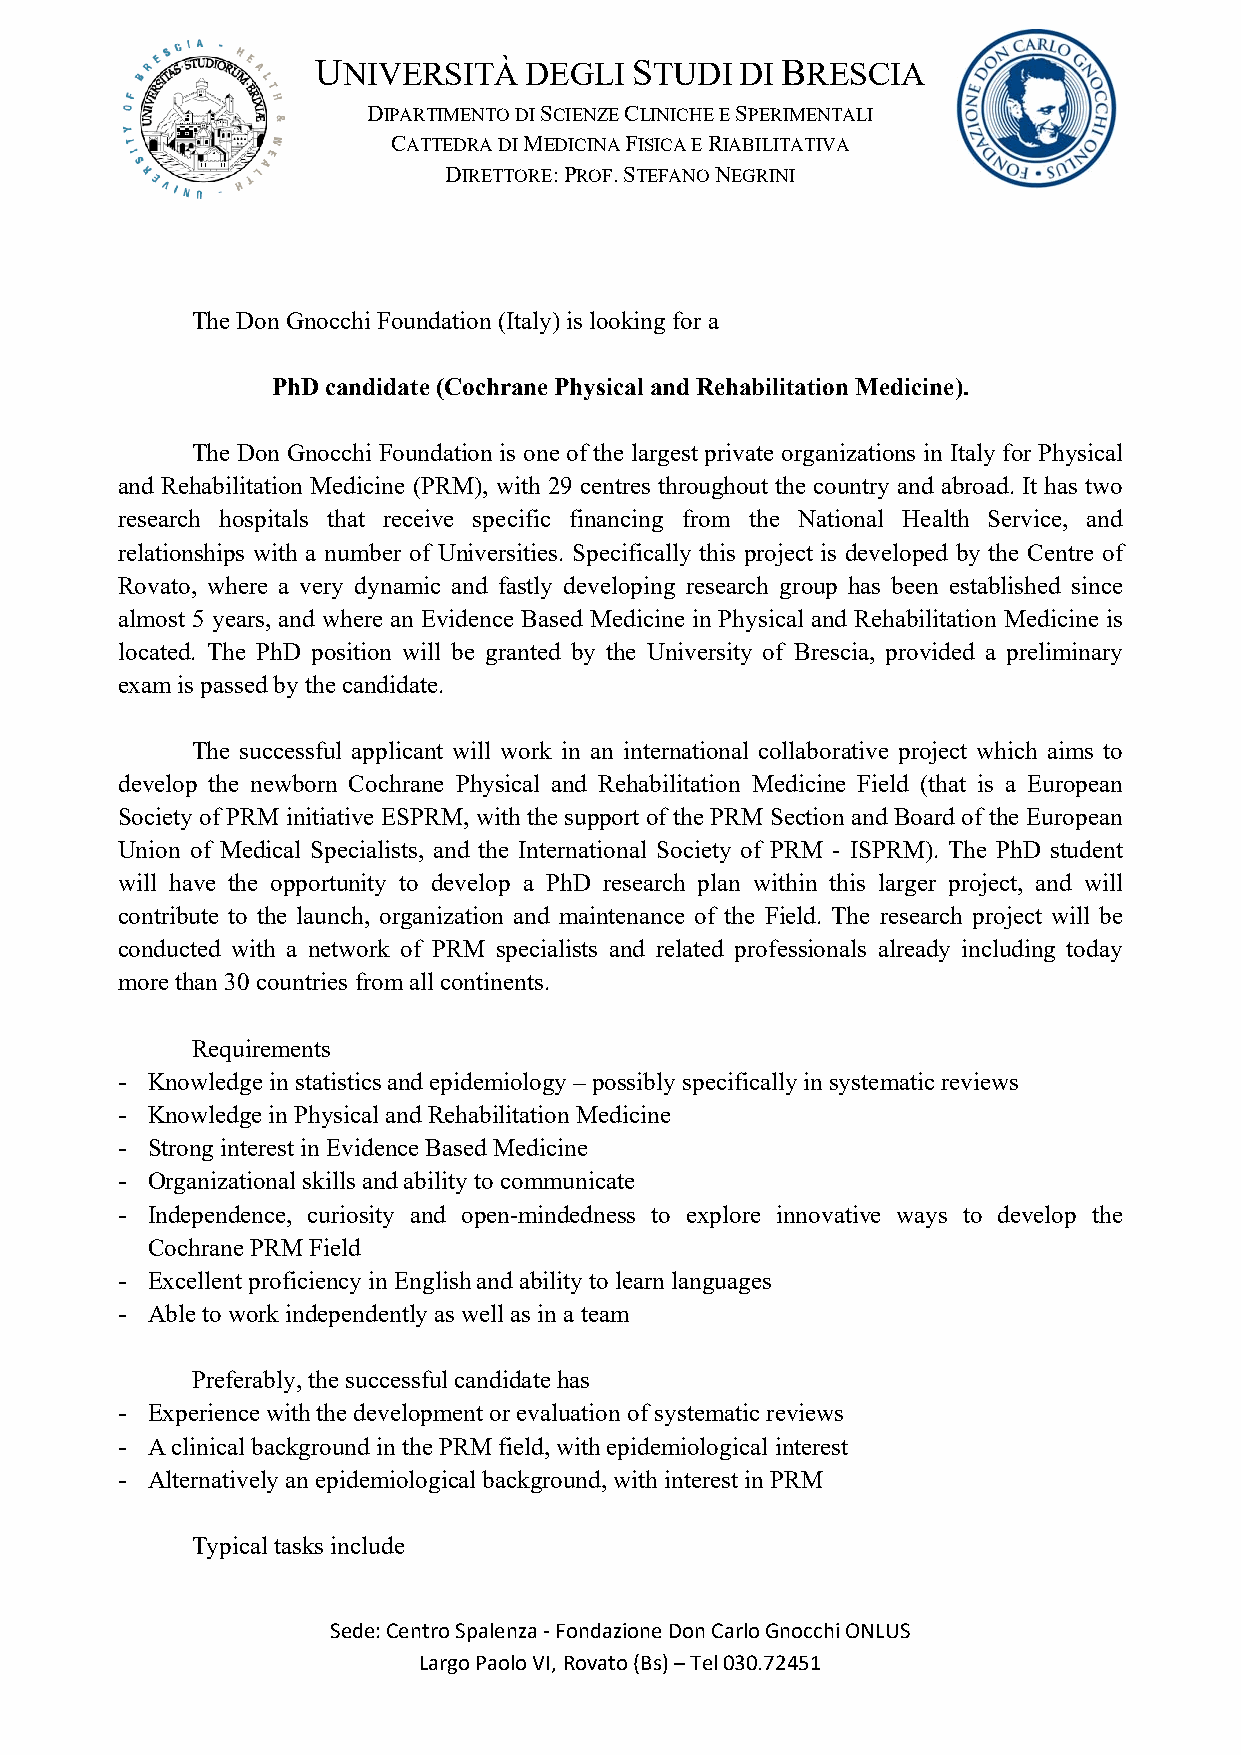
UNIVERSITÀ    DEGLI  STUDI  DI BRESCIA
 DIPARTIMENTO DI SCIENZE CLINICHE E SPERIMENTALI
 CATTEDRA DI MEDICINA FISICA E RIABILITATIVA
 DIRETTORE: PROF. STEFANO NEGRINI
 The Don Gnocchi Foundation (Italy) is looking for a
 PhD candidate (Cochrane Physical and Rehabilitation Medicine).
 The Don Gnocchi Foundation is one of the largest private organizations in Italy for Physical
 and Rehabilitation Medicine (PRM), with 29 centres throughout the country and abroad. It has two
 research hospitals that receive specific financing from the National Health Service, and
 relationships with a number of Universities. Specifically this project is developed by the Centre of
 Rovato, where a very dynamic and fastly developing research group has been established since
 almost 5 years, and where an Evidence Based Medicine in Physical and Rehabilitation Medicine is
 located. The PhD position will be granted by the University of Brescia, provided a preliminary
 exam is passed by the candidate.
 The successful applicant will work in an international collaborative project which aims to
 develop the newborn Cochrane Physical and Rehabilitation Medicine Field (that is a European
 Society of PRM initiative ESPRM, with the support of the PRM Section and Board of the European
 Union of Medical Specialists, and the International Society of PRM - ISPRM). The PhD student
 will have the opportunity to develop a PhD research plan within this larger project, and will
 contribute to the launch, organization and maintenance of the Field. The research project will be
 conducted with a network of PRM specialists and related professionals already including today
 more than 30 countries from all continents.
 Requirements
 - Knowledge in statistics and epidemiology – possibly specifically in systematic reviews
 - Knowledge in Physical and Rehabilitation Medicine
 - Strong interest in Evidence Based Medicine
 - Organizational skills and ability to communicate
 - Independence, curiosity and open-mindedness to explore innovative ways to develop the
 Cochrane PRM Field
 - Excellent proficiency in English and ability to learn languages
 - Able to work independently as well as in a team
 Preferably, the successful candidate has
 - Experience with the development or evaluation of systematic reviews
 - A clinical background in the PRM field, with epidemiological interest
 - Alternatively an epidemiological background, with interest in PRM
 Typical tasks include
 Sede: Centro Spalenza ‐ Fondazione Don Carlo Gnocchi ONLUS
 Largo Paolo VI, Rovato (Bs) – Tel 030.72451